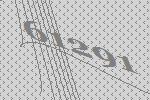
61291